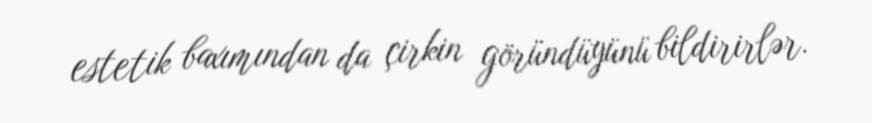
estetik baxımından da çirkin göründüyünü bildirirlər.